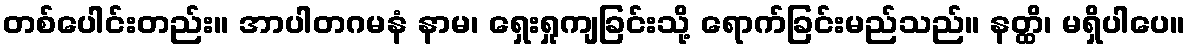
တစ်ပေါင်းတည်း။ အာပါတဂမနံ နာမ၊ ရှေးရှုကျခြင်းသို့ ရောက်ခြင်းမည်သည်။ နတ္ထိ၊ မရှိပါပေ။